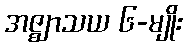
အဇ္ဈာသယ ၆-မျိုး